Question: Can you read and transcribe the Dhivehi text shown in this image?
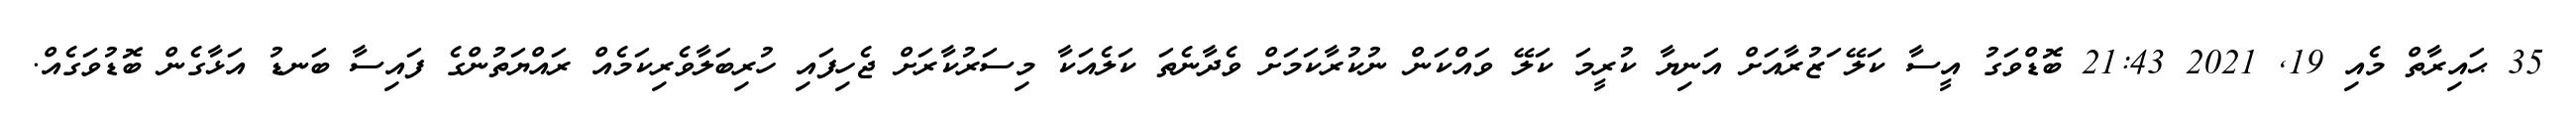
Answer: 35 ޙައިރާތް މެއި 19, 2021 21:43 ބޮޑްވަގު އީސާ ކަލޭ ަޒުރާއަށް އަނިޔާ ކުރީމަ ކަލޭ ވައްކަން ނުކުރާކަމަށް ވެދާނެތަ ކަލެއަކާ މިސަރުކާރަށް ޖެހިފައި ހުރިބަލާވެރިކަމެއް ރައްޔަތުންގެ ފައިސާ ބަނޑު އަޅާގެން ބޮޑުވަގެއް.